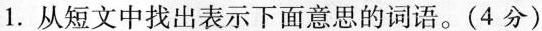
1.从短文中找出表示下面意思的词语。(4分)